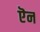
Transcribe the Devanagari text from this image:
ऎन